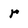
Character: r